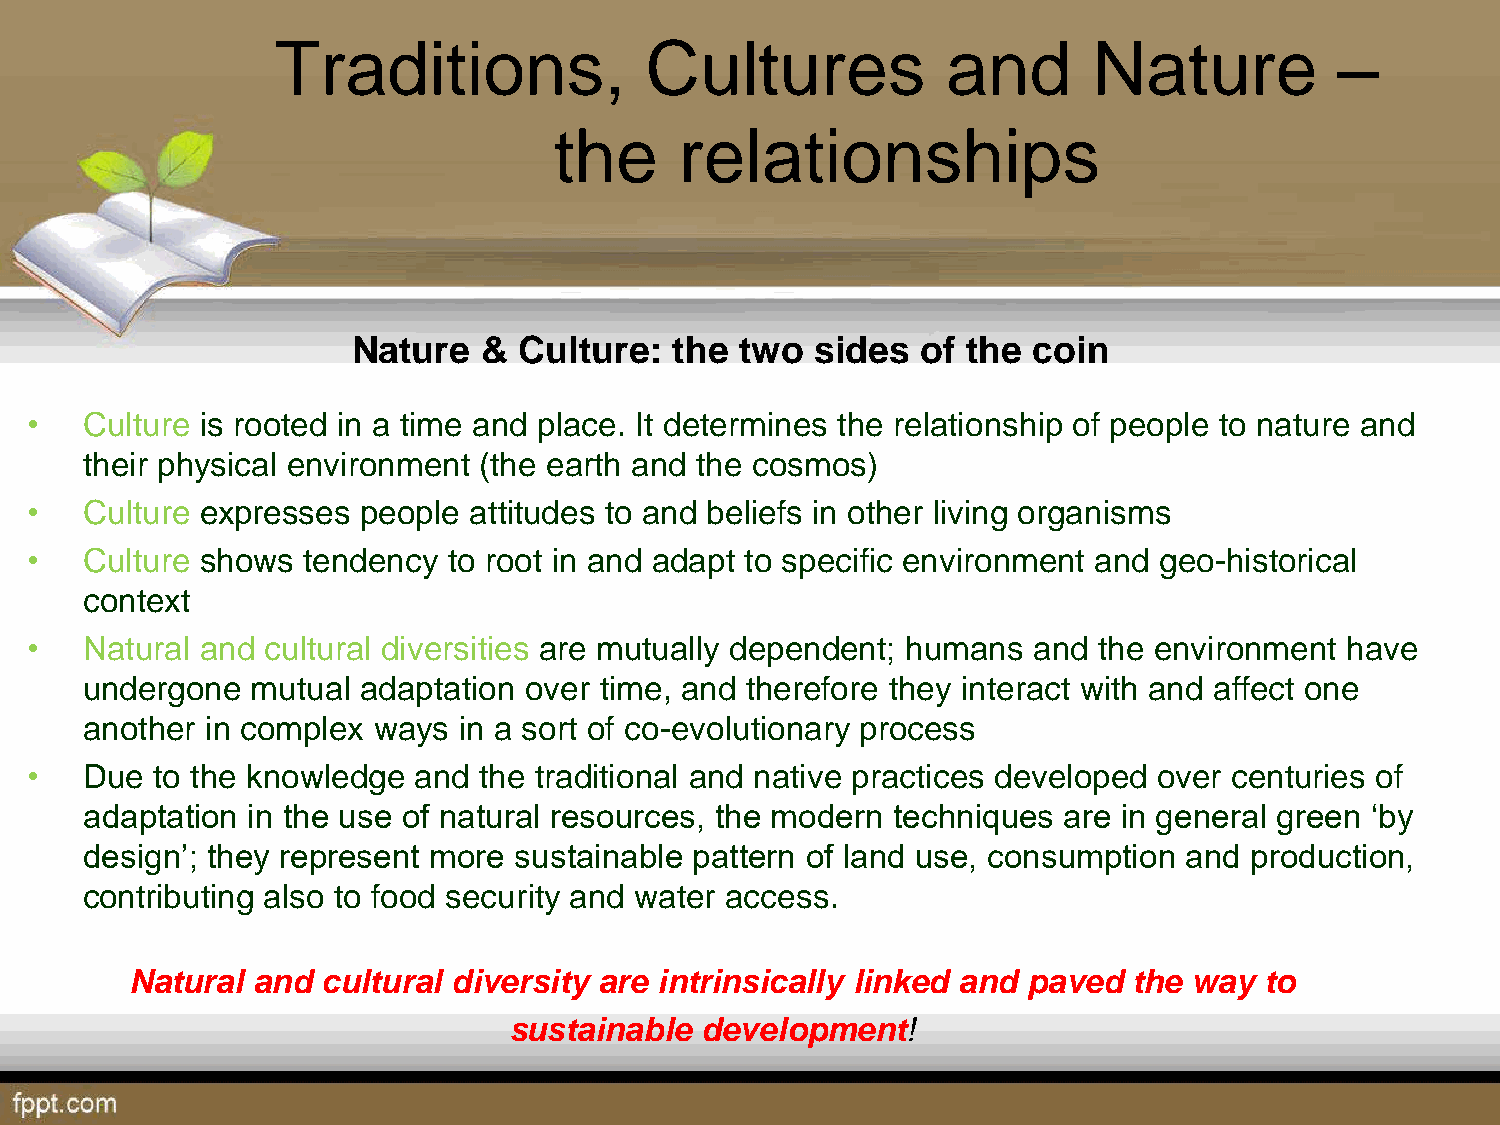
Traditions,              Cultures            and      Nature           –
 the     relationships
 Nature   & Culture:   the two  sides  of the coin
 •  Culture is rooted in a time and place. It determines the relationship of people to nature and
 their physical environment (the earth and the cosmos)
 •  Culture expresses  people attitudes to and beliefs in other living organisms
 •  Culture shows  tendency  to root in and adapt to specific environment and geo-historical
 context
 •  Natural and  cultural diversities are mutually dependent; humans and the environment have
 undergone   mutual adaptation over time, and therefore they interact with and affect one
 another  in complex ways in a sort of co-evolutionary process
 •  Due  to the knowledge and  the traditional and native practices developed over centuries of
 adaptation in the use of natural resources, the modern techniques are in general green ‘by
 design’; they represent more sustainable pattern of land use, consumption and production,
 contributing also to food security and water access.
 Natural and cultural diversity are intrinsically linked and paved the way  to
 sustainable development!